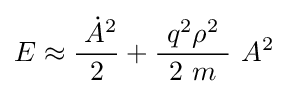
E\approx {\frac {\;{\dot {A}}^{2}}{2}}+{\frac {\ q^{2}\rho ^{2}\ }{2\ m}}\ A^{2}~